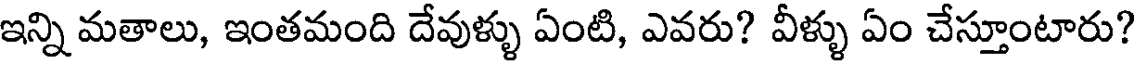
ఇన్ని మతాలు, ఇంతమంది దేవుళ్ళు ఏంటి, ఎవరు? వీళ్ళు ఏం చేస్తూంటారు?